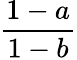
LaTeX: \frac{1-a}{1-b}